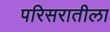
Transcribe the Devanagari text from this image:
परिसरातीला